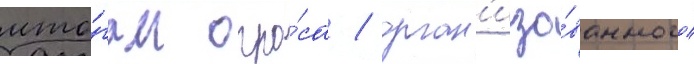
ито́гам опро́са / орган'изо́ванного